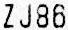
ZJ86